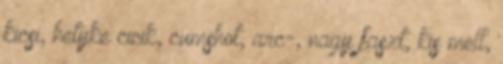
kicsi, hetyke cicik, cumshot, arc-, nagy faszt, kis mell,